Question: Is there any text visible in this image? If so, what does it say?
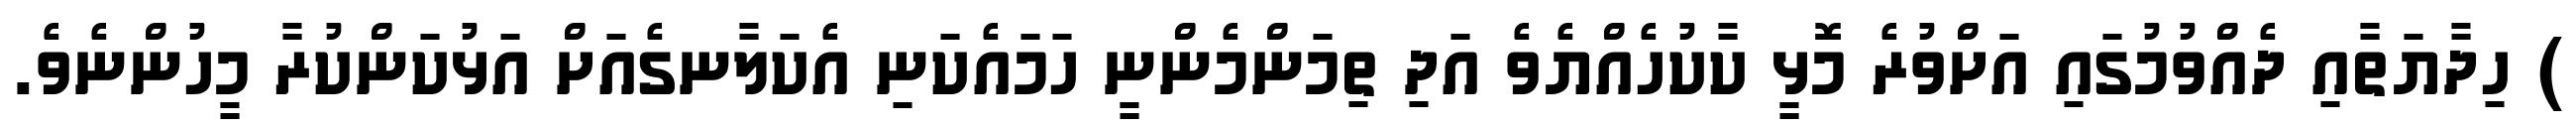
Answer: ) ހިދާޔަތާއި ދެއްވުމުގައި އަށްވުރެ މޮޅީ ކާކުހެއްޔެވެ އަދި ތިމަންމެންނީ ހަމައެކަނި އެކަލާނގެއަށް އަޅުކަންކުރާ މީހުންނެވެ.